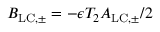
B _ { \mathrm { L C , \pm } } = - \epsilon T _ { 2 } A _ { \mathrm { L C , \pm } } / 2